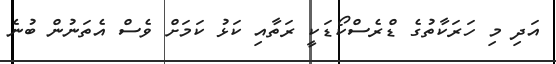
އަދި މި ހަރަކާތުގެ ޑްރެސްކޯޑަކީ ރަތާއި ކަޅު ކަމަށް ވެސް އެތަނުން ބުނެ